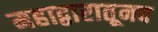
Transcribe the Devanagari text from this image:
महाद्वारातूनच